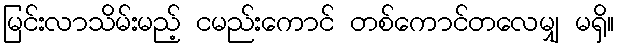
မြင်းလာသိမ်းမည့် ငမည်းကောင် တစ်ကောင်တလေမျှ မရှိ။